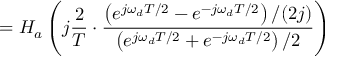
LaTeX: = H _ { a } \left( j { \frac { 2 } { T } } \cdot { \frac { \left( e ^ { j \omega _ { d } T / 2 } - e ^ { - j \omega _ { d } T / 2 } \right) / ( 2 j ) } { \left( e ^ { j \omega _ { d } T / 2 } + e ^ { - j \omega _ { d } T / 2 } \right) / 2 } } \right)